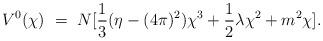
LaTeX: \begin{align*}V^0 (\chi) ~=~ N [{1 \over 3} ({\eta - (4 \pi)^2}) \chi^3 + {1 \over 2}\lambda \chi^2 + m^2 \chi].\end{align*}